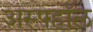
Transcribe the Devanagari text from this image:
अस्फ्हॉल